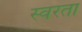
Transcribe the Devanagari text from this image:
स्वरता